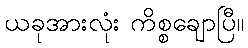
ယခုအားလုံး ကိစ္စချောပြီ။